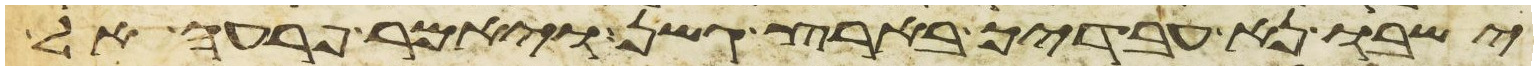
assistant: ישבו נא עבדיך בארץ גשן ויאמר פרעה אל